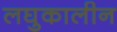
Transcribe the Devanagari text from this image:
लघुकालीन